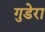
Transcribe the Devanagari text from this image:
गुडेरा